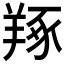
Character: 𦎜